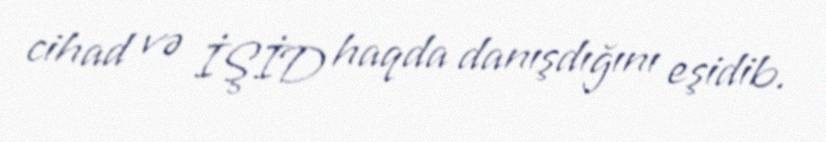
cihad və İŞİD haqda danışdığını eşidib.